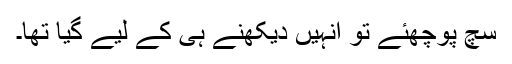
سچ پوچھئے تو انہیں دیکھنے ہی کے لیے گیا تھا۔